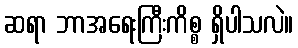
ဆရာ ဘာအရေးကြီးကိစ္စ ရှိပါသလဲ။